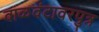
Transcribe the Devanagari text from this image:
वाळवंटावरपुत्र